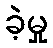
ခဲ့မှု